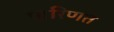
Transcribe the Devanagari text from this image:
पारिणत